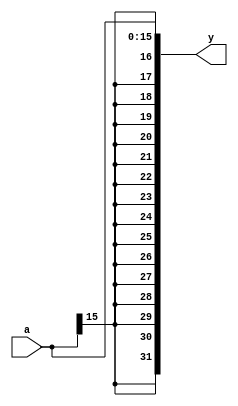
module signext #(parameter DW = 32)(
input [15:0] a,
output [DW-1:0] y);

assign y = {{16{a[15]}},a};

endmodule